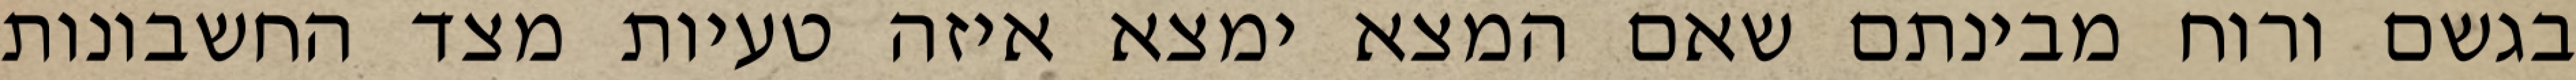
בגשם ורוח מבינתם שאם המצא ימצא איזה טעיות מצד החשבונות